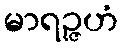
မာရဉ္ဇဟံ